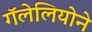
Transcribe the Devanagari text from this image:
गॅलेलियोने